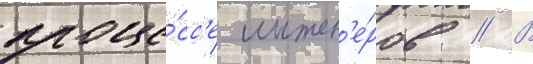
проце́сс'е инжен'е́ров // В